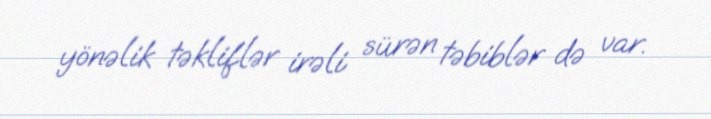
yönəlik təkliflər irəli sürən təbiblər də var.